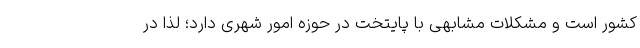
کشور است و مشکلات مشابهی با پایتخت در حوزه امور شهری دارد؛ لذا در